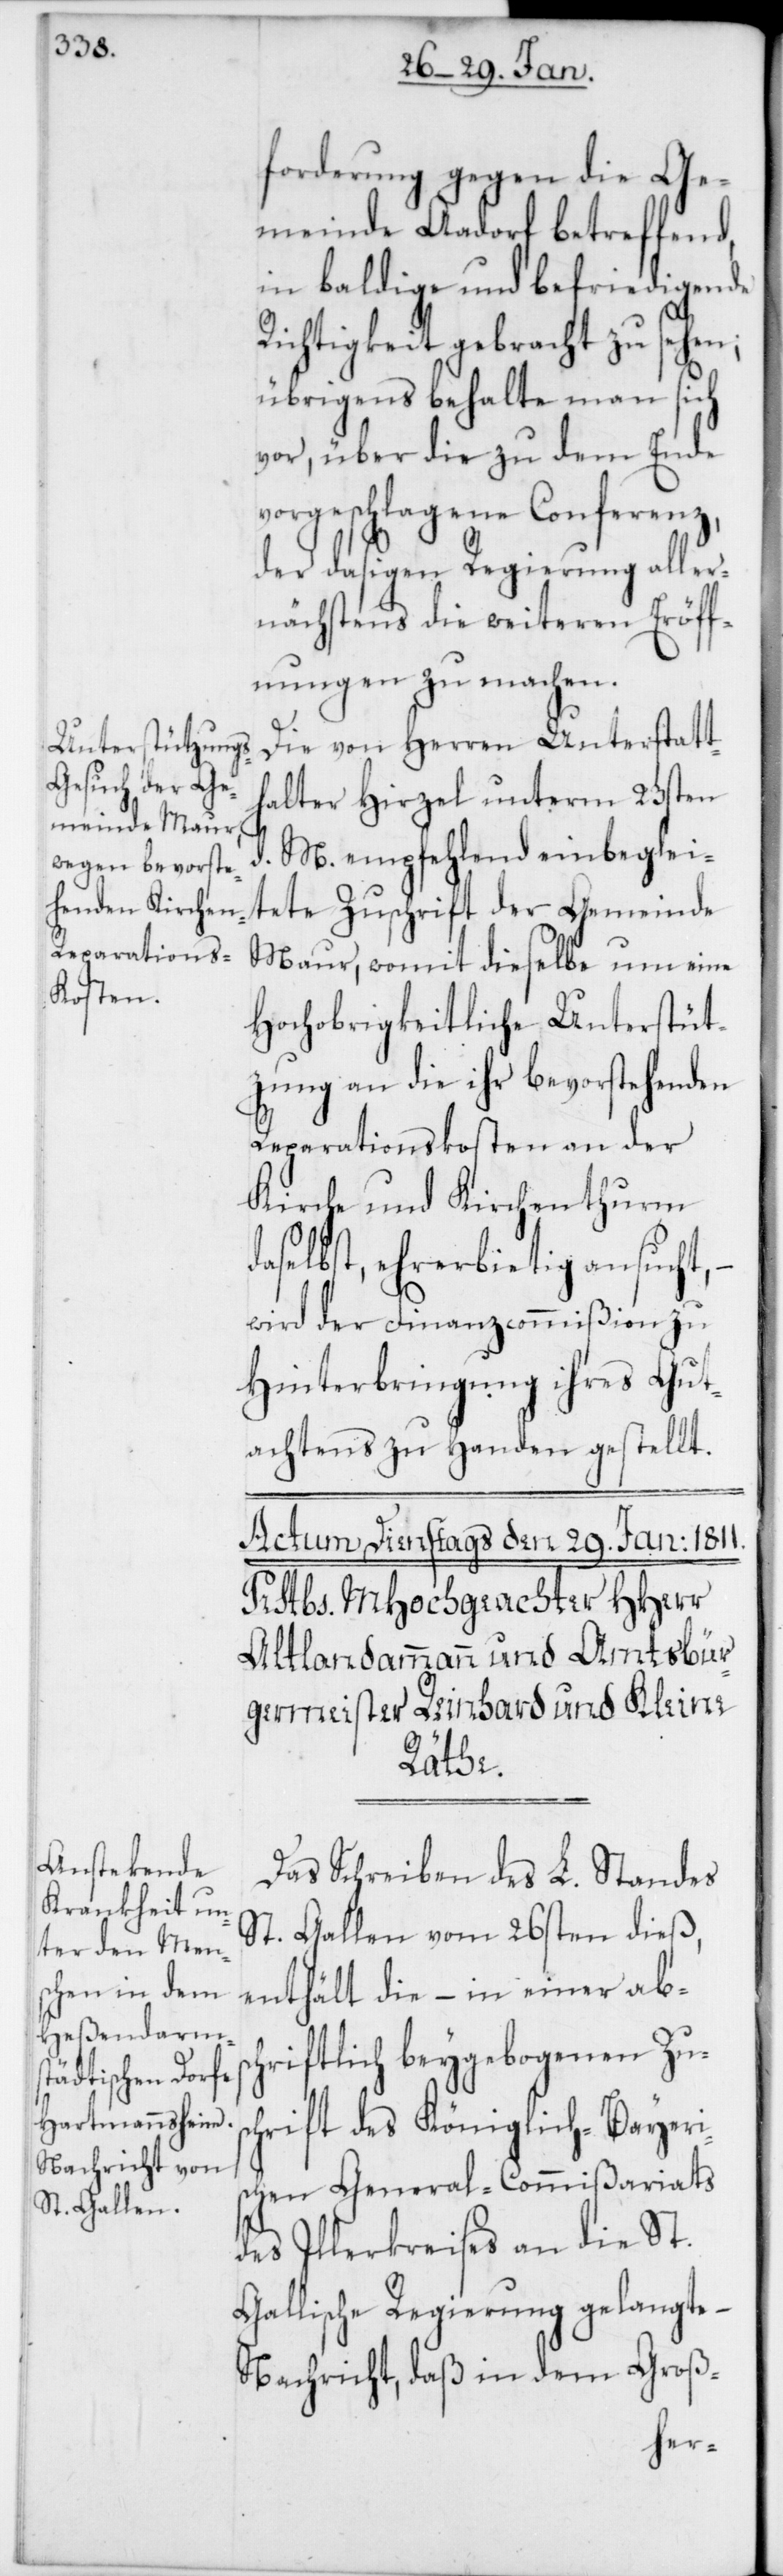
forderung gegen die Ge¬
meinde Aadorf betreffend,
in baldige und befriedigende
Richtigkeit gebracht zu sehen;
übrigens behalte man sich
vor, über die zu dem Ende
vorgeschlagene Conferenz,
der dasigen Regierung aller¬
nächstens die weiteren Eröff¬
nungen zu machen.
Die von Herren Unterstatth¬
alter Hirzel unterm 23sten
d. M. empfehlend einbeglei¬
tete Zuschrift der Gemeinde
Maur, womit dieselbe um eine
Hochobrigkeitliche Unterstüt¬
zung an die ihr bevorstehenden
Reparationskosten an der
Kirche und Kirchenthurm
daselbst, ehrerbietig ansucht, –
wird der Finanzcommißion zu
Hinterbringung ihres Gut¬
achtens zu Handen gestellt.
Das Schreiben des L. Standes
St. Gallen vom 26sten dieß,
enthält die – in einer absc¬
hriftlich beygebogenen Zus¬
chrift des Königlich-Bayeri¬
schen General-Commißariats
des Illerkreises an die St.
Gallische Regierung gelangte
Nachricht, daß in dem Groß-